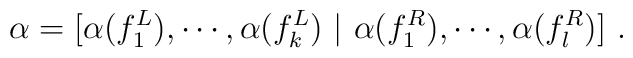
\alpha=[\alpha(f_1^L),\cdots,\alpha(f_k^L)\ |\ \alpha(f_1^R),\cdots,\alpha(f_l^R)]\ .